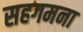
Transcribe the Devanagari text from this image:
सहगमना